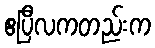
ဧပြီလကတည်းက